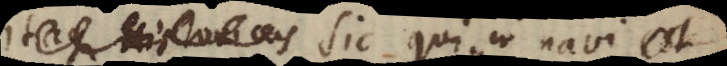
Itaque Historicus Sic qui in navi est